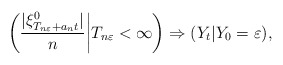
\begin{align*}\biggl( \frac{|\xi^0_{T_{n\varepsilon} + a_n t}|}{n} \bigg| T_{n\varepsilon} <\infty\biggr)\Rightarrow(Y_t | Y_0 = \varepsilon), \end{align*}